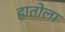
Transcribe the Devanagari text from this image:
हातोला